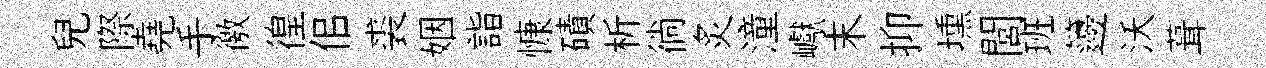
兒際堯手徼徨佀裘姻詣慷磧析徜炙潼巘末抑壎閭班籩沃葺